Lunatic asylums in Bengal annual reports 1899-1911 - 1899-1911
Year: 1899
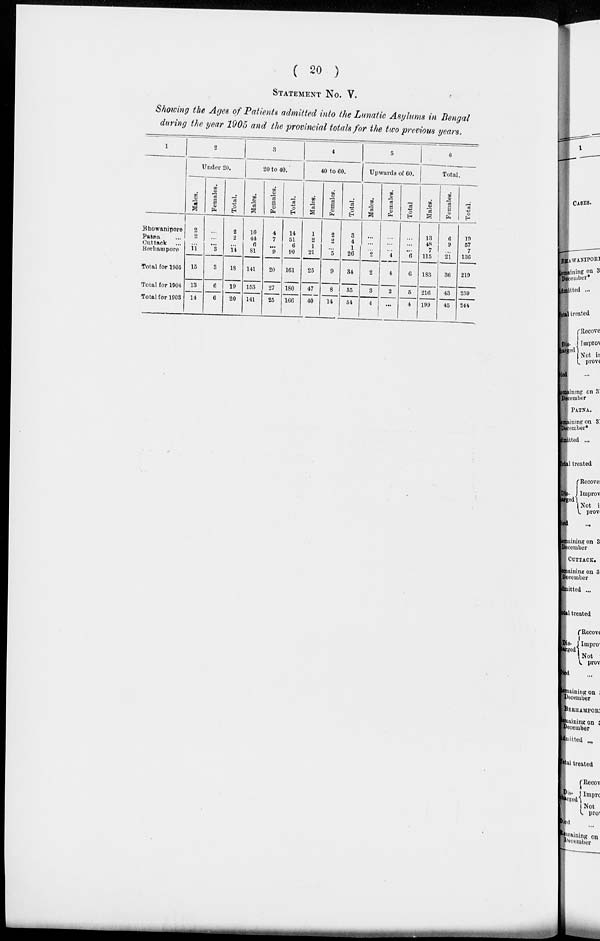
( 20 )
STATEMENT NO. V.
Showing the Ages of Patients admitted into the Lunatic Asylums in Bengal
during the year 1905 and the provincial totals for the two previous years.
1
Bhowanipore
Patna ...
Cuttack ...
Berhampore
Total for 1905
Total for 1904
Total for 1903
2
Under 20.
Males.
2
2
...
11
15
13
14
Females.
...
...
...
3
3
6
6
Total.
2
2
...
14
18
19
20
3
20 to 40.
Males.
10
44
6
81
141
153
141
Females.
4
7
...
9
20
27
25
Total.
14
51
6
90
161
180
166
4
40 to 60.
Males.
1
2
1
21
25
47
40
Females.
2
2
...
5
9
8
14
Total.
3
4
1
26
34
55
54
5
Upwards of 60.
Males.
...
...
...
2
2
3
4
Females.
...
...
...
4
4
2
...
Total
...
...
...
6
6
5
4
6
Total.
Males.
13
48
7
115
183
216
199
Females.
6
9
...
21
36
43
45
Total.
19
57
7
136
219
259
244